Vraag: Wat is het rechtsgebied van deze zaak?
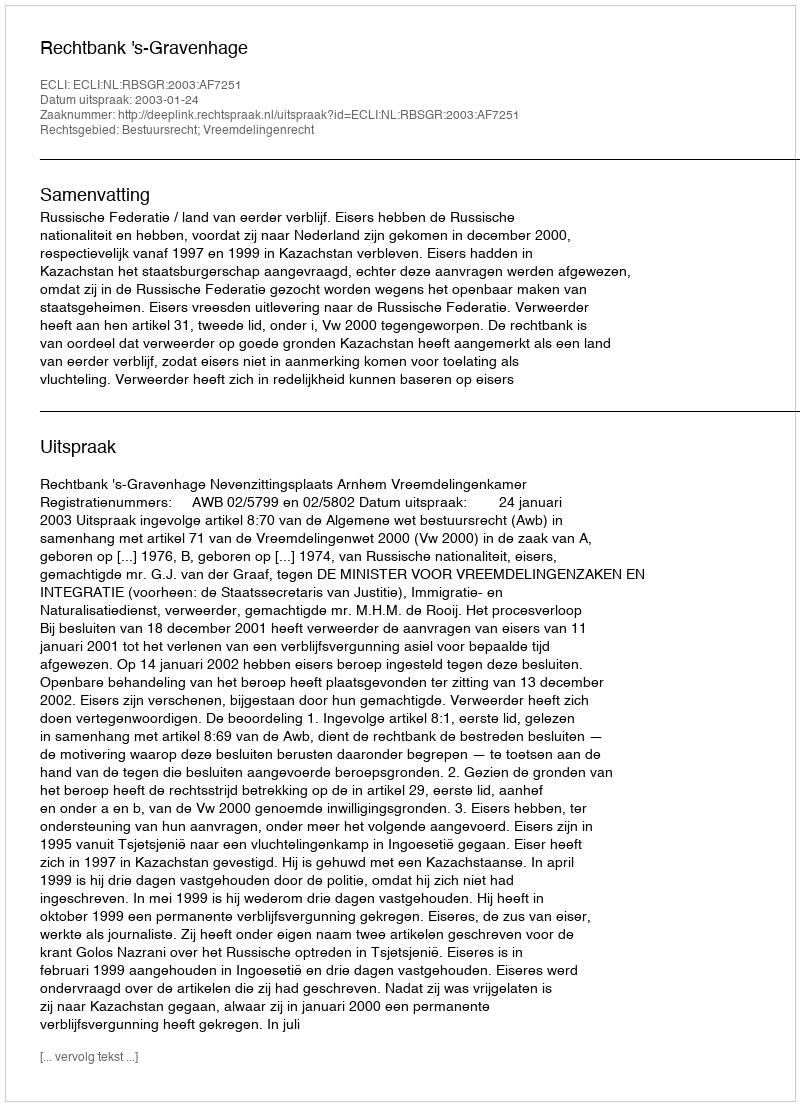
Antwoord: Bestuursrecht; Vreemdelingenrecht